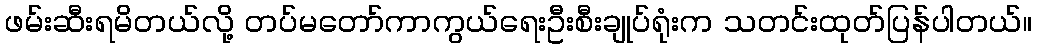
ဖမ်းဆီးရမိတယ်လို့ တပ်မတော်ကာကွယ်ရေးဦးစီးချုပ်ရုံးက သတင်းထုတ်ပြန်ပါတယ်။